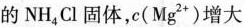
的NH_{4}Cl固体，c(Mg^{2+})增大